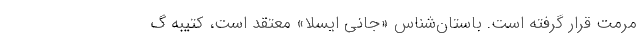
مرمت قرار گرفته‌ است. باستان‌شناس «جانی ایسلا» معتقد است، کتیبه گ